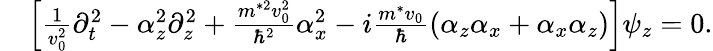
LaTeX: \begin{array}{rl}&{\left[\frac{1}{v_{0}^{2}}\partial_{t}^{2}-\alpha_{z}^{2}\partial_{z}^{2}+\frac{m^{*2}v_{0}^{2}}{\hbar^{2}}\alpha_{x}^{2}-i\frac{m^{*}v_{0}}{\hbar}(\alpha_{z}\alpha_{x}+\alpha_{x}\alpha_{z})\right]\psi_{z}=0.}\end{array}